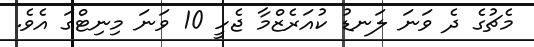
މެޗުގެ ދެ ވަނަ ލަނޑު ކުއަރެޒްމާ ޖެހީ 10 ވަނަ މިނިޓްގަ އެވެ.